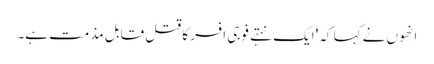
انھوں نے کہا کہ 'ایک نہتے فوجی افسر کا قتل قابل مذمت ہے۔